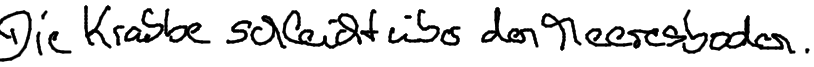
Die Krabbe schleicht über den Meeresboden.